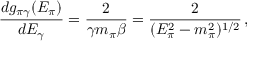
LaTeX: \frac { d g _ { \pi \gamma } ( E _ { \pi } ) } { d E _ { \gamma } } = \frac { 2 } { \gamma m _ { \pi } \beta } = \frac { 2 } { ( E _ { \pi } ^ { 2 } - m _ { \pi } ^ { 2 } ) ^ { 1 / 2 } } \, ,